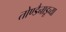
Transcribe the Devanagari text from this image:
तोण्डैनाडूच्या